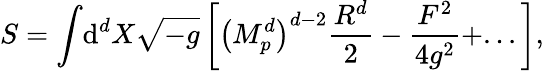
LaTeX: S=\int\! \mathrm{d}^{d}X\sqrt{-g}\left[\left(M_{p}^{d}\right)^{d-2}\frac{R^{d}}{2}-\frac{F^{2}}{4g^{2}}+...\right],